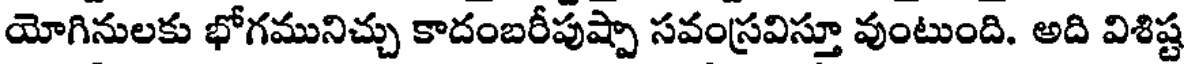
యోగినులకు భోగమునిచ్చు కాదంబరీపుష్పా సవంస్రవిస్తూ వుంటుంది. అది విశిష్ట